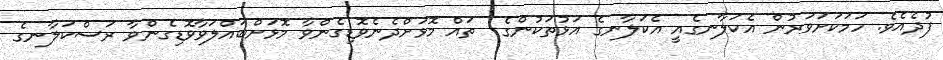
ފުދެއެވެ. ހަމަކަށަވަރުން އެކަލާނގެއީ އެކަލާނގެ އަޅުތަކުންގެ  ތައް މޮޅަށްދެނެވޮޑިގެންވާ މޮޅަށްބައްލަވާވޮޑިގެންވާ ރަސްކަލާނގެ